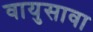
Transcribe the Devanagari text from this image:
वायुसावा